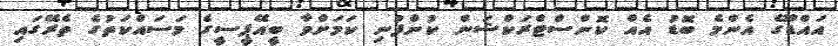
އައްޑޫގެ އެންމެ ބޮޑު އެއް ކޮންސްޓްރަކްޝަން ކުންފުނި ކަމަށްވާ ބީއޭޕީސީގެ މަސައްކަތުގެ ތެރޭގައި